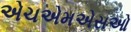
એચએમએસઓ